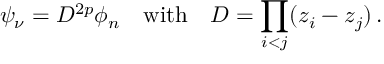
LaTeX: \psi _ { \nu } = D ^ { 2 p } \phi _ { n } \ \ \ \mathrm { w i t h } \ \ \ D = \prod _ { i < j } ( z _ { i } - z _ { j } ) \, .